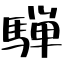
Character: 騨